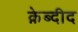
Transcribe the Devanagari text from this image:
क़ेब्दीद